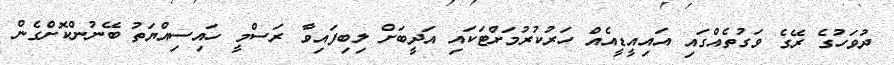
ދުވަހުގެ ރޭގެ ވަގުތެއްގައި އައިއީޑީއެއް ހަރުކުރުމަށްޓަކައި އަދީބަށް ލިބިފައިވާ ރަސްމީ ހައިސިއްޔަތު ބޭނުންކޮށްގެން